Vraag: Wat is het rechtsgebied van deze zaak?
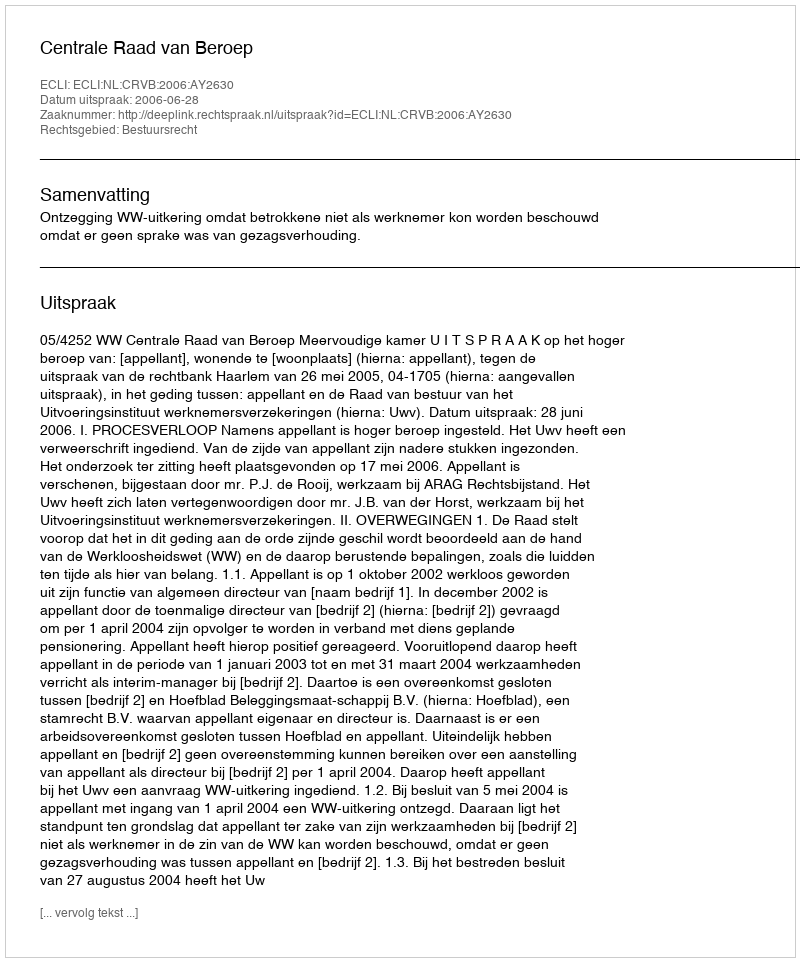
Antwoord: Bestuursrecht